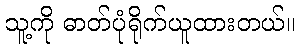
သူ့ကို ဓာတ်ပုံရိုက်ယူထားတယ်။